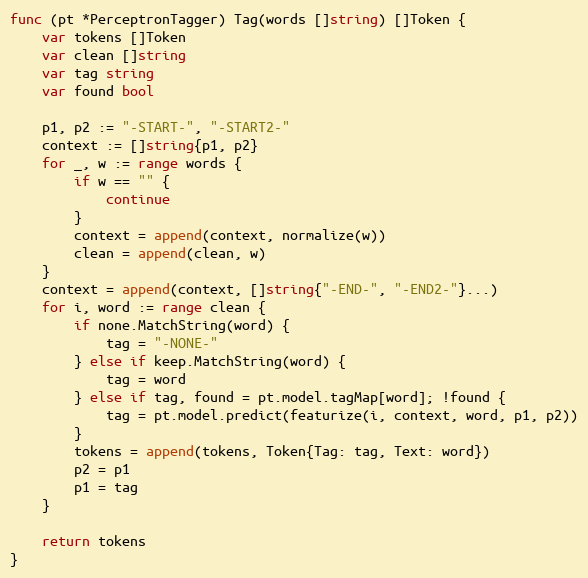
Language: Go
func (pt *PerceptronTagger) Tag(words []string) []Token {
	var tokens []Token
	var clean []string
	var tag string
	var found bool

	p1, p2 := "-START-", "-START2-"
	context := []string{p1, p2}
	for _, w := range words {
		if w == "" {
			continue
		}
		context = append(context, normalize(w))
		clean = append(clean, w)
	}
	context = append(context, []string{"-END-", "-END2-"}...)
	for i, word := range clean {
		if none.MatchString(word) {
			tag = "-NONE-"
		} else if keep.MatchString(word) {
			tag = word
		} else if tag, found = pt.model.tagMap[word]; !found {
			tag = pt.model.predict(featurize(i, context, word, p1, p2))
		}
		tokens = append(tokens, Token{Tag: tag, Text: word})
		p2 = p1
		p1 = tag
	}

	return tokens
}